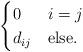
LaTeX: \begin{align*}\begin{cases}0 & {i= j}\\d_{ij} & {\mbox{else}} . \\\end{cases}\end{align*}